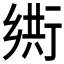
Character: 𬼴